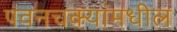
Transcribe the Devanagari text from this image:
पवनचक्यांमधील